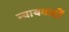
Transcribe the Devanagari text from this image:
न्यायवादों